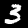
Label: 3